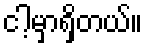
ငါ့မှာရှိတယ်။